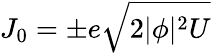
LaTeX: J_{0}=\pm e\sqrt{2|\phi|^{2}U}